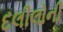
દલીલોની